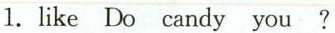
1.likeDo candy you?